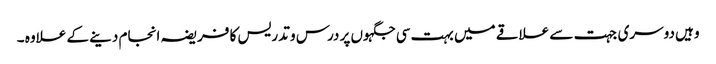
وہیں دوسری جہت سے علاقے میں بہت سی جگہوں پر درس و تدریس کا فریضہ انجام دینے کے علاوہ ۔